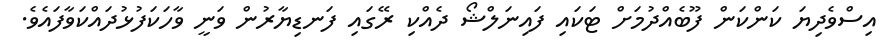
އިސްވެދިޔަ ކަންކަން ފޫބެއްދުމަށް ޓަކައި ފައިނަލްޝޯ ދެއްކި ރޭގައި ފަނޑިޔާރުން ވަނީ ވާހަކަފުޅުދައްކަވާފައެވެ.